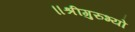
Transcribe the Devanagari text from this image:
॥श्रीगुरुभ्यो